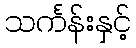
သင်္ကန်းနှင့်